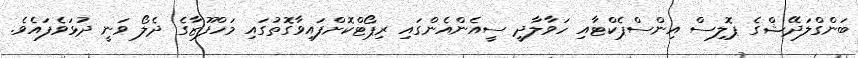
ބަންގްލަދޭޝްގެ ޕޮލިސް އިންސްޕެކްޓަާއި ހަވާލާދީ ސީއެންއެންގައި ރިޕޯޓްކޮށްފައިވާގޮތުގައި މަހްފޫޒާގެ ދެލޯ ވަނީ ދުޅަވެފައެވެ.